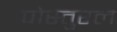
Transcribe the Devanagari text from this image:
पोस्तुरल